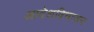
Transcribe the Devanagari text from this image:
आवेशविभाजन